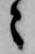
々